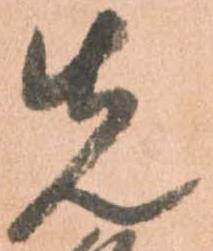
先